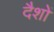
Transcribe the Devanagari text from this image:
दैशों